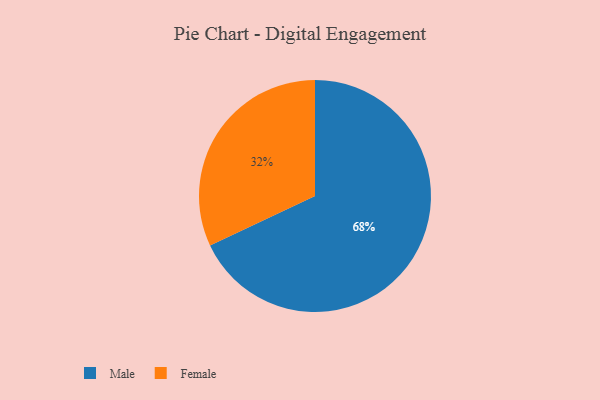
{"axis": {"x": "Category", "y": "Percentage"}, "legend": ["Female", "Male"], "data": [{"x": "Female", "y": 32, "type": "Female"}, {"x": "Male", "y": 68, "type": "Male"}]}